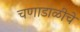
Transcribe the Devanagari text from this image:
चणाडाळीचे